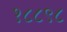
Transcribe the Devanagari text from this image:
१८८९८